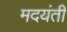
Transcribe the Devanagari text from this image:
मदयंती